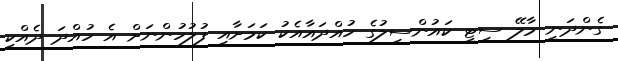
ގެންދަނީ މާލޭ ސިޓީ ކައުންސިލުގެ ހުއްދައާއެކު ކަމަށާއި ފުލުހުންނަށް އެ ހުއްދަ ދެއްކި